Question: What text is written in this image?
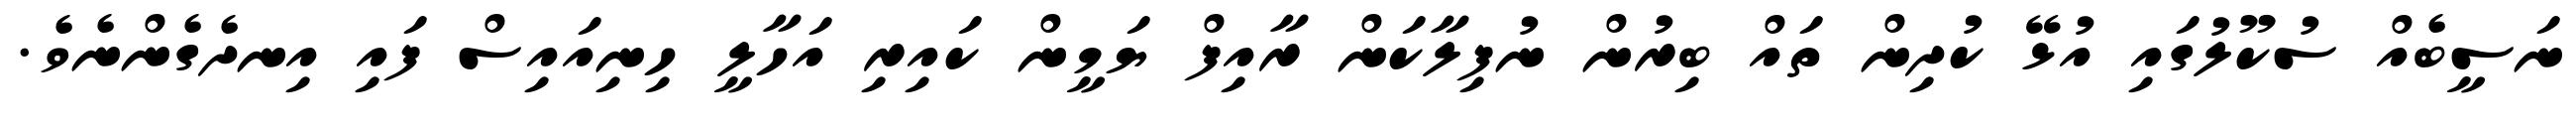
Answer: ނަސީބެއް ސުކޫލުގައި އުޅޭ ކުދިން ތައް ބިރުން ނުފިލާކަން ރާއިފް ޔަމީން ކައިރި އަހާލީ ހިނިއައިސް ފައި އިނދެގެންނެވެ.